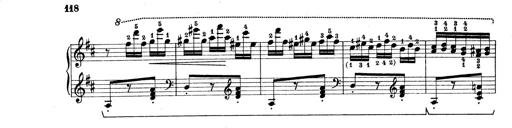
Title: Rapsodie: 19 ungheresi, 1 spagnuola
Composer: Franz Liszt